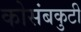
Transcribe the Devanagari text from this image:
कोसंबकुटी